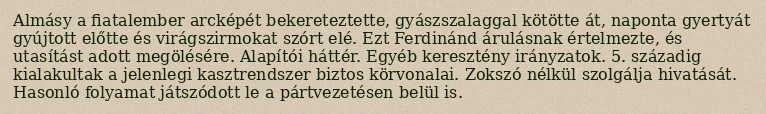
Almásy a fiatalember arcképét bekereteztette, gyászszalaggal kötötte át, naponta gyertyát gyújtott előtte és virágszirmokat szórt elé. Ezt Ferdinánd árulásnak értelmezte, és utasítást adott megölésére. Alapítói háttér. Egyéb keresztény irányzatok. 5. századig kialakultak a jelenlegi kasztrendszer biztos körvonalai. Zokszó nélkül szolgálja hivatását. Hasonló folyamat játszódott le a pártvezetésen belül is.